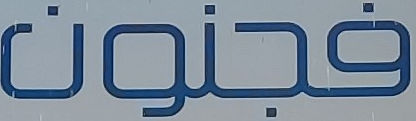
فجنون